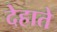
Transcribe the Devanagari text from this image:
देहाते